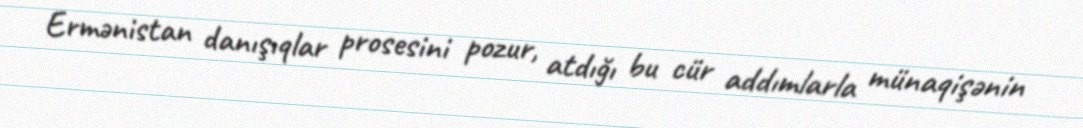
Ermənistan danışıqlar prosesini pozur, atdığı bu cür addımlarla münaqişənin